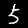
Digit: 5